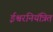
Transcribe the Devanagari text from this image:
ईश्वरनियंत्रित